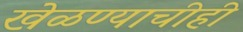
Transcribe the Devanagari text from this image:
खेळण्याचीही